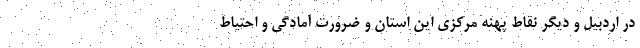
در اردبیل و دیگر نقاط پهنه مرکزی این استان و ضرورت آمادگی و احتیاط